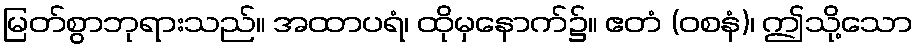
မြတ်စွာဘုရားသည်။ အထာပရံ၊ ထိုမှနောက်၌။ ဧတံ (ဝစနံ)၊ ဤသို့သော